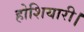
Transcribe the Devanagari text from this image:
होशियारी।